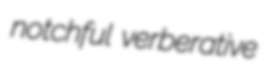
notchful verberative